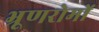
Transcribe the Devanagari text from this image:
भ्रूणरोमों